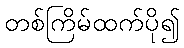
တစ်ကြိမ်ထက်ပို၍